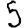
Digit: 5